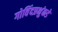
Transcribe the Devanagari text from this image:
गोविंदप्रभुंकडे